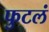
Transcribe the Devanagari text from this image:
फुटलं